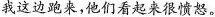
我这边跑来，他们看起来很愤怒。